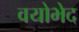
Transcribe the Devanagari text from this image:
वयोभेद